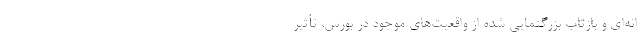
انه‌ای و بازتاب بزرگنمایی شده از واقعیت‌های موجود در بورس، تأثیر